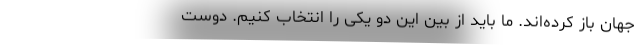
جهان باز کرده‌اند. ما باید از بین این دو یکی را انتخاب کنیم. دوست